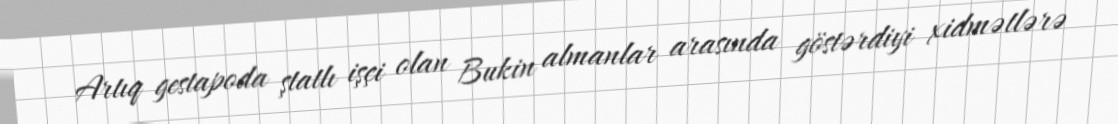
Artıq gestapoda ştatlı işçi olan Bukin almanlar arasında göstərdiyi xidmətlərə